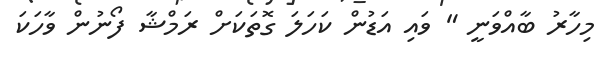
މިހާރު ބާއްވަނީ " ވައި އަޑުން ކަހަލަ ގޮތަކަށް ރަމްޝާ ފޯނުން ވާހަކަ